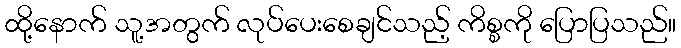
ထို့နောက် သူ့အတွက် လုပ်ပေးစေချင်သည့် ကိစ္စကို ပြောပြသည်။